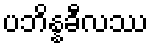
ပဘိန္နခီလဿ